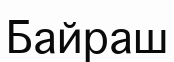
Байраш